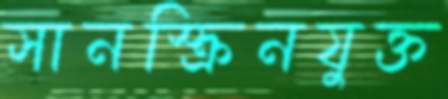
সানস্ক্রিনযুক্ত